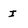
Character: I